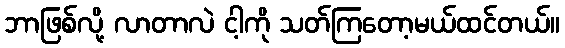
ဘာဖြစ်လို့ လာတာလဲ ငါ့ကို သတ်ကြတော့မယ်ထင်တယ်။